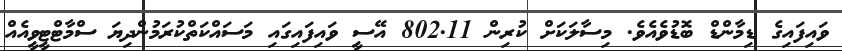
ވައިފައިގެ ޑިމާންޑް ބޮޑުވެއެވެ. މިސާލަކަށް ކުރިން 802.11 އޭސީ ވައިފައިގައި މަސައްކަތްކުރަމުންދިޔަ ސްމާޓްޓީވީއެއް